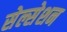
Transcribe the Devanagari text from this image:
सेल्सेशन